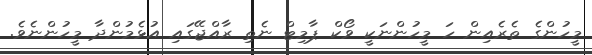
މީހުންގެ ތެރެއިން ހަ މީހުންނަކީ ވޯކް ޕާމިޓް ނެތި ރާއްޖޭގައި އުޅެމުންދާ މީހުންނެވެ.